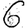
Digit: 6